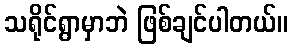
သရိုင်ရွာမှာဘဲ ဖြစ်ချင်ပါတယ်။